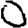
Digit: 0